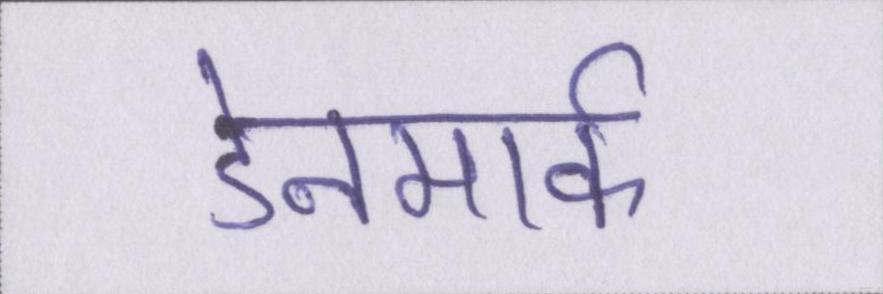
डेनमार्क